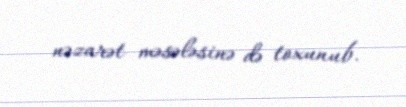
nəzarət məsələsinə də toxunub.